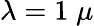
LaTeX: \lambda=1\; \mu